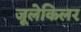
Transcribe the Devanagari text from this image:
जूलेकिलर